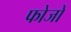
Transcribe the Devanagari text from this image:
फोजों